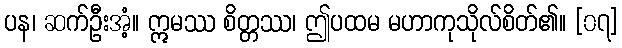
ပန၊ ဆက်ဦးအံ့။ ဣမဿ စိတ္တဿ၊ ဤပထမ မဟာကုသိုလ်စိတ်၏။ [၀၇]